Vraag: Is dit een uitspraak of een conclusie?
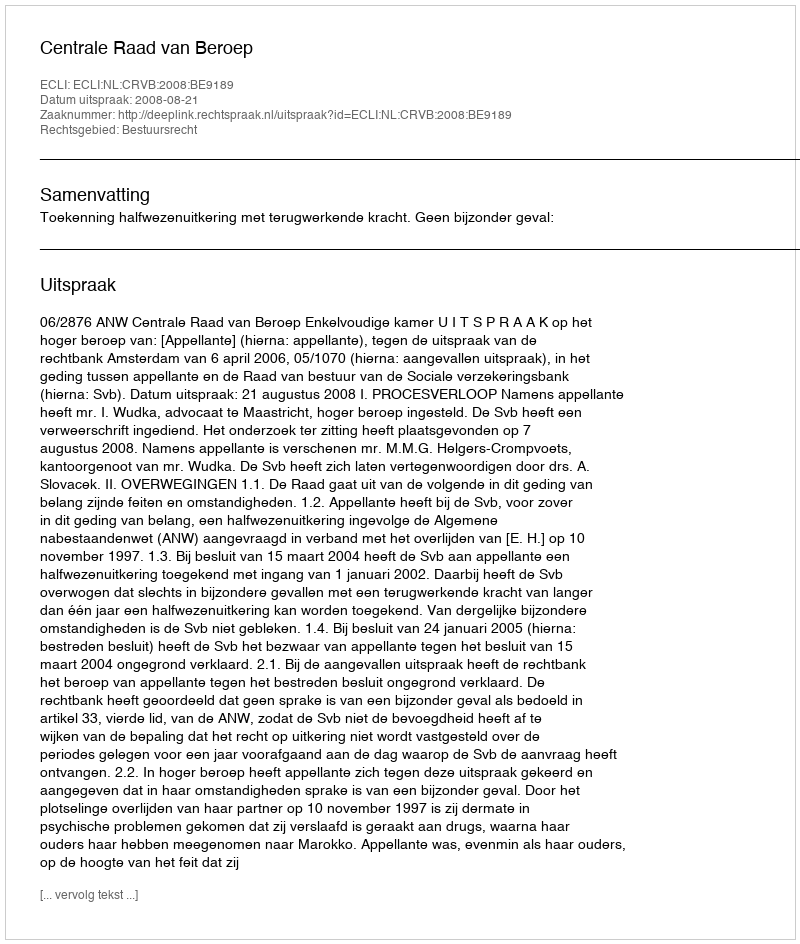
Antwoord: Uitspraak